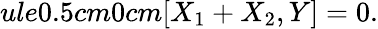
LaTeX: ule{0.5cm}{0cm}[X_{1}+X_{2},Y]=0.